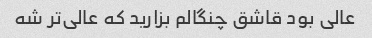
عالی بود قاشق چنگالم بزارید که عالی‌تر شه